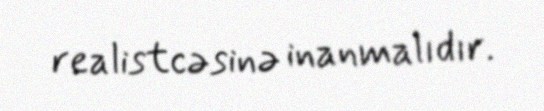
realistcəsinə inanmalıdır.